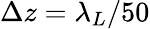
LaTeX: \Delta z=\lambda_{L}/50